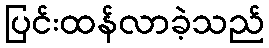
ပြင်းထန်လာခဲ့သည်